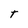
Character: T